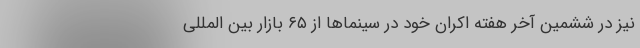
نیز در ششمین آخر هفته اکران خود در سینماها از ۶۵ بازار بین المللی